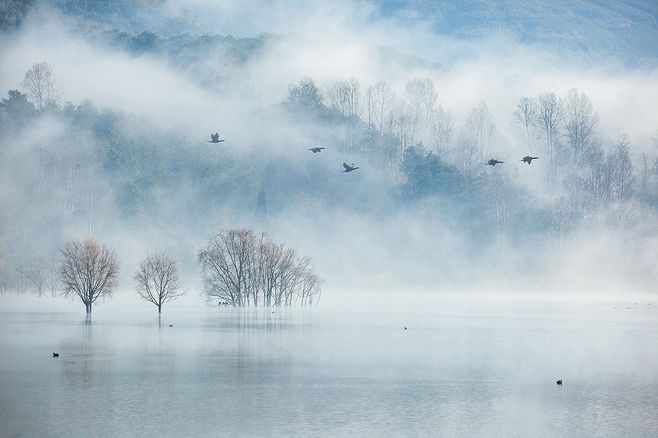
浮云蔽白日，游子不顾返。